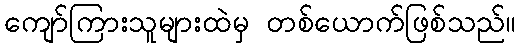
ကျော်ကြားသူများထဲမှ တစ်ယောက်ဖြစ်သည်။